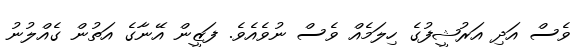
ވެސް އަދި އަރުޝީފުގެ ހިލަމެއް ވެސް ނުވެއެވެ. ފަޒީން އޭނާގެ އަތުން ގެއްލުނު